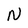
Character: N